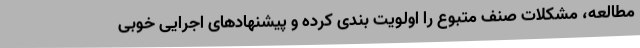
مطالعه، مشکلات صنف متبوع را اولویت بندی کرده و پیشنهادهای اجرایی خوبی